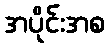
အပိုင်းအစ